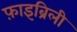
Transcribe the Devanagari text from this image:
फ़ाइब्रिली